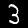
Digit: 3